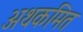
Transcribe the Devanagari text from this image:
अथकमित